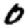
Digit: 0